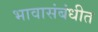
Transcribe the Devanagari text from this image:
भावासंबंधीत